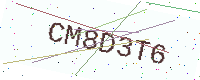
Text: CM8D3T6